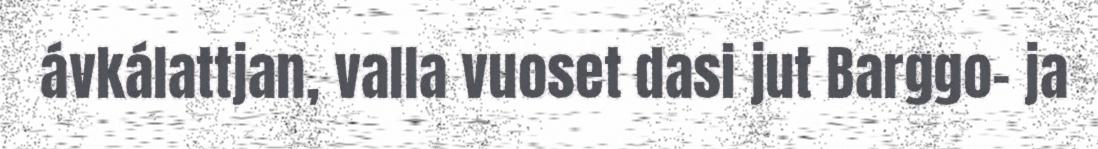
ávkálattjan, valla vuoset dasi jut Barggo- ja